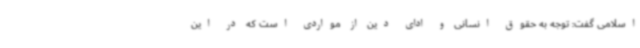
اسلامی گفت: توجه به حقوق انسانی و ادای دین از مواردی است که در این